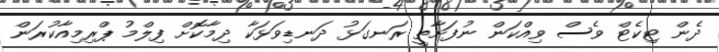
ދެން ޓިކެޓް ވެސް ވިއްކަން ނުފަށާތީ ރަނގަޅު ދަނޑިވަޅަކާ ދިމާކޮށް ފިލްމު ޕްރިމިއާކުރަން